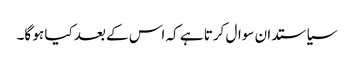
سیاستدان سوال کرتا ہے کہ اس کے بعد کیا ہو گا۔